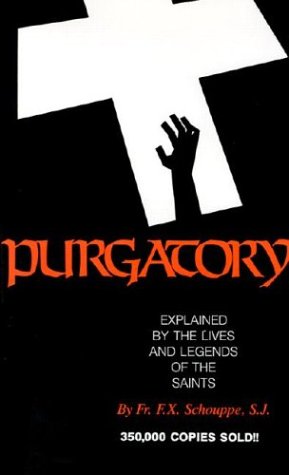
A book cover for Purgatory: Explained by the Lives and Legends of the Saints; Fr. F. X. Schouppe; Christian Books & Bibles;